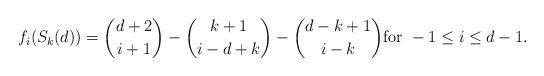
LaTeX: \begin{align*}f_i(S_k(d)) = \binom{d+2}{i+1} - \binom{k+1}{i-d+k} - \binom{d-k+1}{i-k}\textrm{for }-1\le i\le d-1.\end{align*}